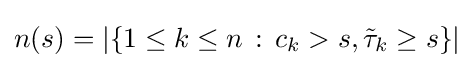
n(s)=|\{1\leq k\leq n\,:\,c_{k}>s,{\tilde {\tau }}_{k}\geq s\}|